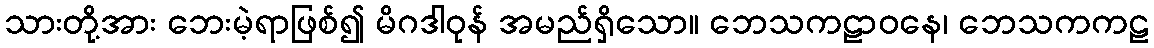
သားတို့အား ဘေးမဲ့ရာဖြစ်၍ မိဂဒါဝုန် အမည်ရှိသော။ ဘေသကဠာဝနေ၊ ဘေသကကဠ